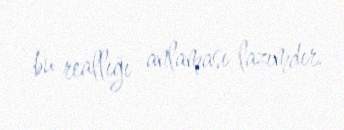
bu reallığı anlaması lazımdır.